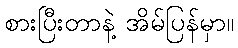
စားပြီးတာနဲ့ အိမ်ပြန်မှာ။